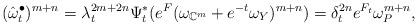
LaTeX: \begin{align*}(\hat{\omega}^\bullet_t)^{m+n}=\lambda_t^{2m+2n} \Psi_t^*(e^F(\omega_{\mathbb{C}^m}+e^{-t}\omega_Y)^{m+n})=\delta_t^{2n} e^{F_t}\omega_P^{m+n},\end{align*}